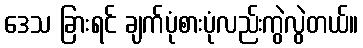
ဒေသ ခြားရင် ချက်ပုံစားပုံလည်းကွဲလွဲတယ်။